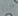
ياما